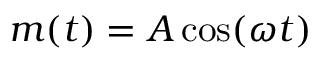
m ( t ) = { A \cos ( \omega t ) }